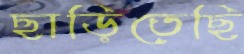
ছাড়িতেছি